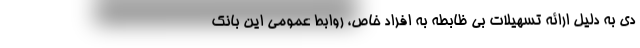
دی به دلیل ارائه تسهیلات بی ظابطه به افراد خاص، روابط عمومی این بانک